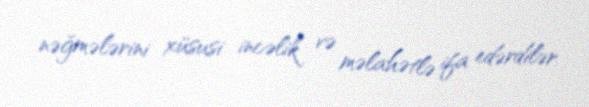
nəğmələrini xüsusi incəlik və məlahətlə ifa edərdilər.